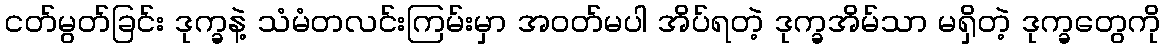
ငတ်မွတ်ခြင်း ဒုက္ခနဲ့ သံမံတလင်းကြမ်းမှာ အဝတ်မပါ အိပ်ရတဲ့ ဒုက္ခအိမ်သာ မရှိတဲ့ ဒုက္ခတွေကို